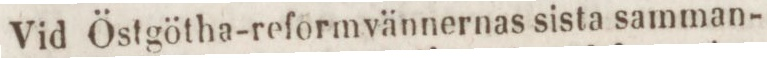
Vid Östgötha-reformvännernas sista samman-